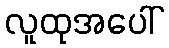
လူထုအပေါ်